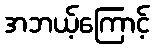
အဘယ့်ကြောင့်